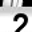
Digit: 2